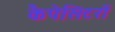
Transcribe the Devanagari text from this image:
कैपेसिटरों